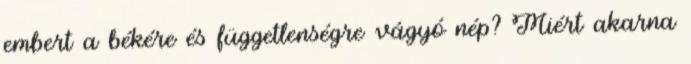
embert a békére és függetlenségre vágyó nép? Miért akarna